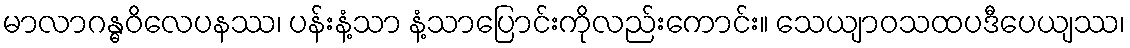
မာလာဂန္ဓဝိလေပနဿ၊ ပန်းနံ့သာ နံ့သာပြောင်းကိုလည်းကောင်း။ သေယျာဝသထပဒီပေယျဿ၊